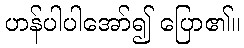
ဟန်ပါပါအော်၍ ပြော၏။